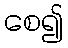
စေ၍